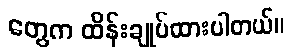
တွေက ထိန်းချုပ်ထားပါတယ်။